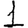
Digit: 1